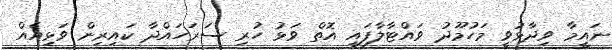
ނައީމާ ވިދާޅުވީ މަހުމޫދު ވައްޓާލާފައި އޮތް ވަޅު ހުރި ސަރަހައްދާ ކައިރިން ވަޅިއެއް